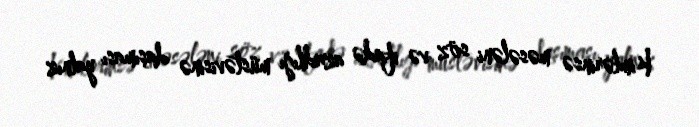
Kimlərinsə məsələni söz və ifadə azadlığı müstəvisinə daşıması yalnız